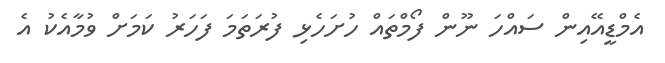
އެމްޑީއޭއިން ސައްހަ ނޫން ފޯމްތައް ހުށަހެޅި ފުރަތަމަ ފަހަރު ކަމަށް ވުމާއެކު އެ